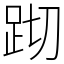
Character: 䟙